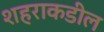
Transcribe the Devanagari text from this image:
शहराकडील